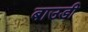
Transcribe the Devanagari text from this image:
बाउडी